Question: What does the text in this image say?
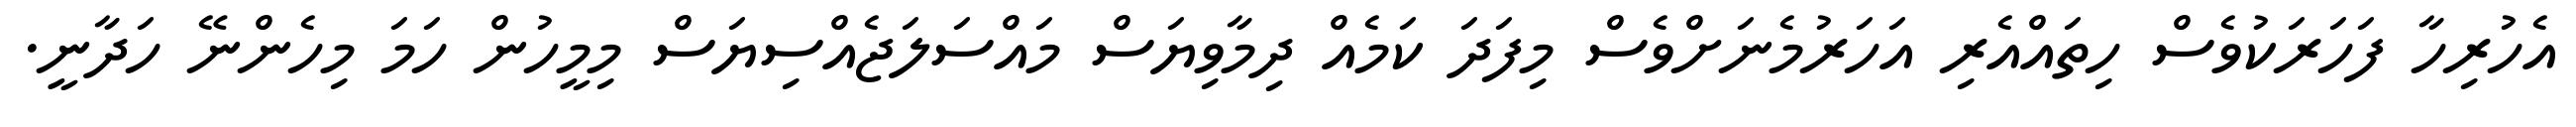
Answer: އެހުރިހާ ފަހަރަކުވެސް ހިތައްއެރި އަހަރުމެނަށްވެސް މިފަދަ ކަމެއް ދިމާވިޔަސް މައްސަލަޖެއްސިޔަސް މިމީހުން ހަމަ މިހެންނޭ ހަދާނީ.